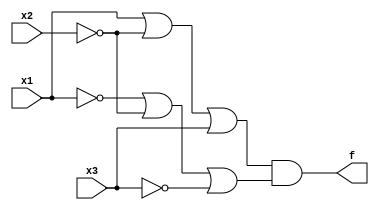
module Exercise2_63 (input x1, input x2, input x3, output f);
	assign orgate1 = x1 | ~x2 | x3;
	assign orgate2 = ~x1 | ~x2 | ~x3;
	assign f = orgate1 & orgate2;
endmodule